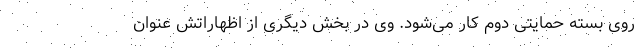
روی بسته حمایتی دوم کار می‌شود. وی در بخش دیگری از اظهاراتش عنوان